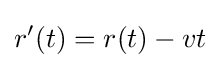
r'(t)=r(t)-vt